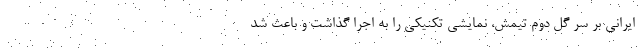
ایرانی بر سر گل دوم تیمش، نمایشی تکنیکی را به اجرا گذاشت و باعث شد